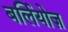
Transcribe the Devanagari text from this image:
बर्लियोज़